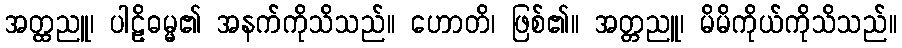
အတ္ထညူ၊ ပါဠိဓမ္မ၏ အနက်ကိုသိသည်။ ဟောတိ၊ ဖြစ်၏။ အတ္တညူ၊ မိမိကိုယ်ကိုသိသည်။